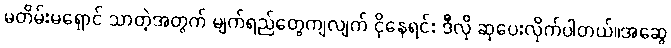
မတိမ်းမရှောင် သာတဲ့အတွက် မျက်ရည်တွေကျလျက် ငိုနေရင်း ဒီလို ဆုပေးလိုက်ပါတယ်။အဆွေ